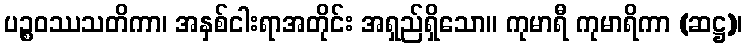
ပဉ္စဝဿသတိကာ၊ အနှစ်ငါးရာအတိုင်း အရှည်ရှိသော။ ကုမာရီ ကုမာရိကာ (ဆဋ္ဌ)၊